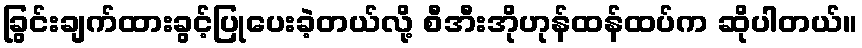
ခြွင်းချက်ထားခွင့်ပြုပေးခဲ့တယ်လို့ စီအီးအိုဟုန်ထန်ထပ်က ဆိုပါတယ်။